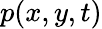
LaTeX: p(x,y,t)